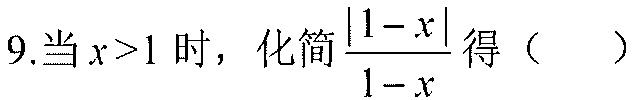
9.当$x>1$时，化简$\frac{|1 - x|}{1 - x}$得（  ）